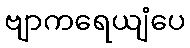
ဗျာကရေယျံပေ